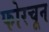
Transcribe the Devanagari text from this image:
फोरचून